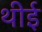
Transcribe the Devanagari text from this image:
थीई